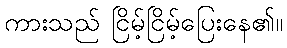
ကားသည် ငြိမ့်ငြိမ့်ပြေးနေ၏။